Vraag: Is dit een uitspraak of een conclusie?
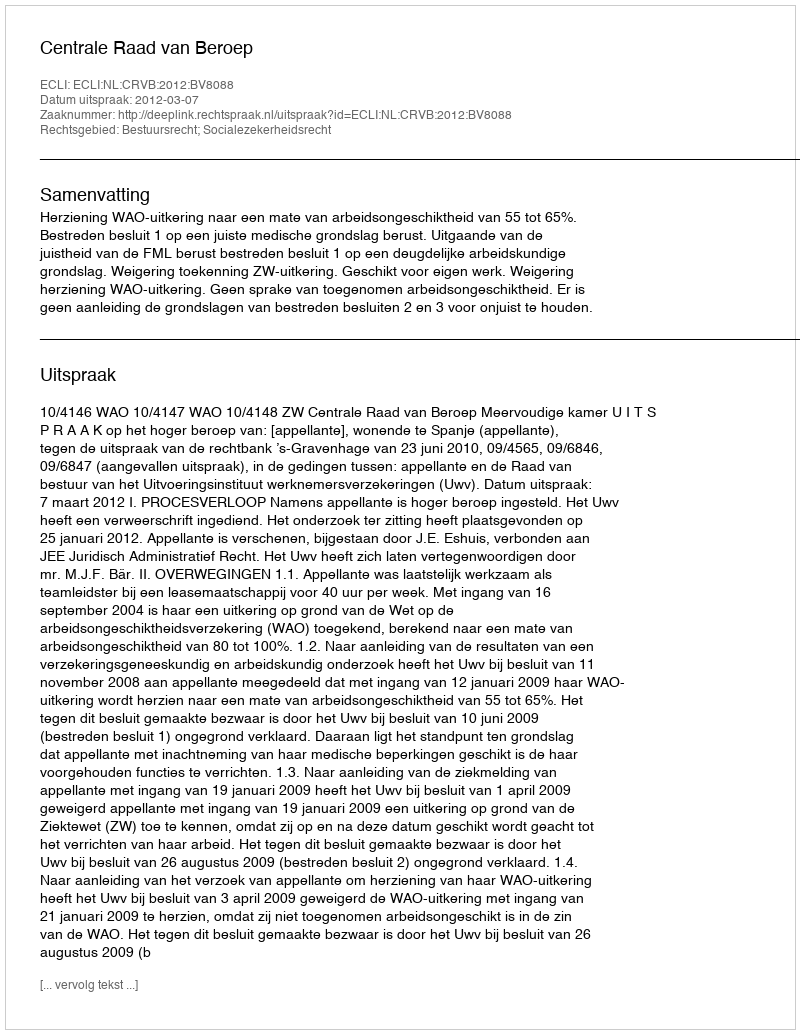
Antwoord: Uitspraak